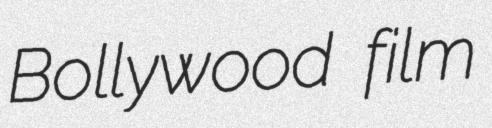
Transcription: Bollywood film